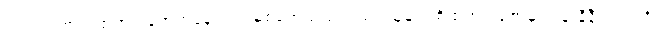
ကတုတ်ကျင်းထဲတွင် ရောက်နေသည့် မစ်ရှောသည်လည်း သူ့မျက်စိထဲတွင် ဇော်မွှားပန်းနီနီတပွင့်ကို